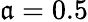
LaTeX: \mathfrak{a}=0.5